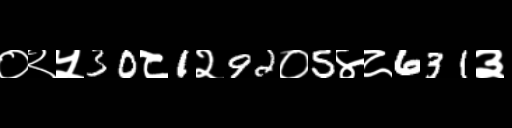
Text: ०२५30८1२92०5४८631३